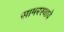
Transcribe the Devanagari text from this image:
सामरस्याचे